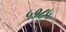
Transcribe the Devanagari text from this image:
५१८५